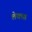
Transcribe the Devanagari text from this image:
लेक्सा